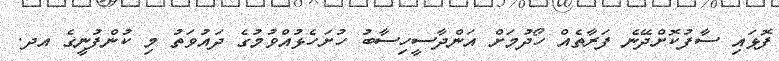
ފޮޅައި ސާފުކޮށްދޭނެ ފަރާތެއް ހޯދުމަށް އަންދާސީހިސާބު ހުށަހެޅުއްވުމުގެ ދައުވަތު މި ކުންފުނީގެ އދ.